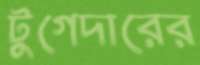
টুগেদারের